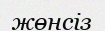
жөнсіз